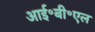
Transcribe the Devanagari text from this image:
आई॰बी॰एल